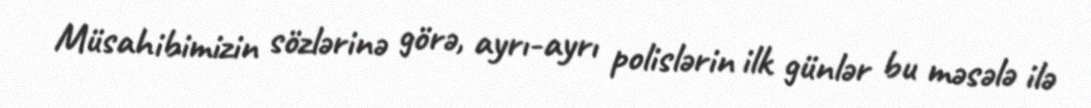
Müsahibimizin sözlərinə görə, ayrı-ayrı polislərin ilk günlər bu məsələ ilə